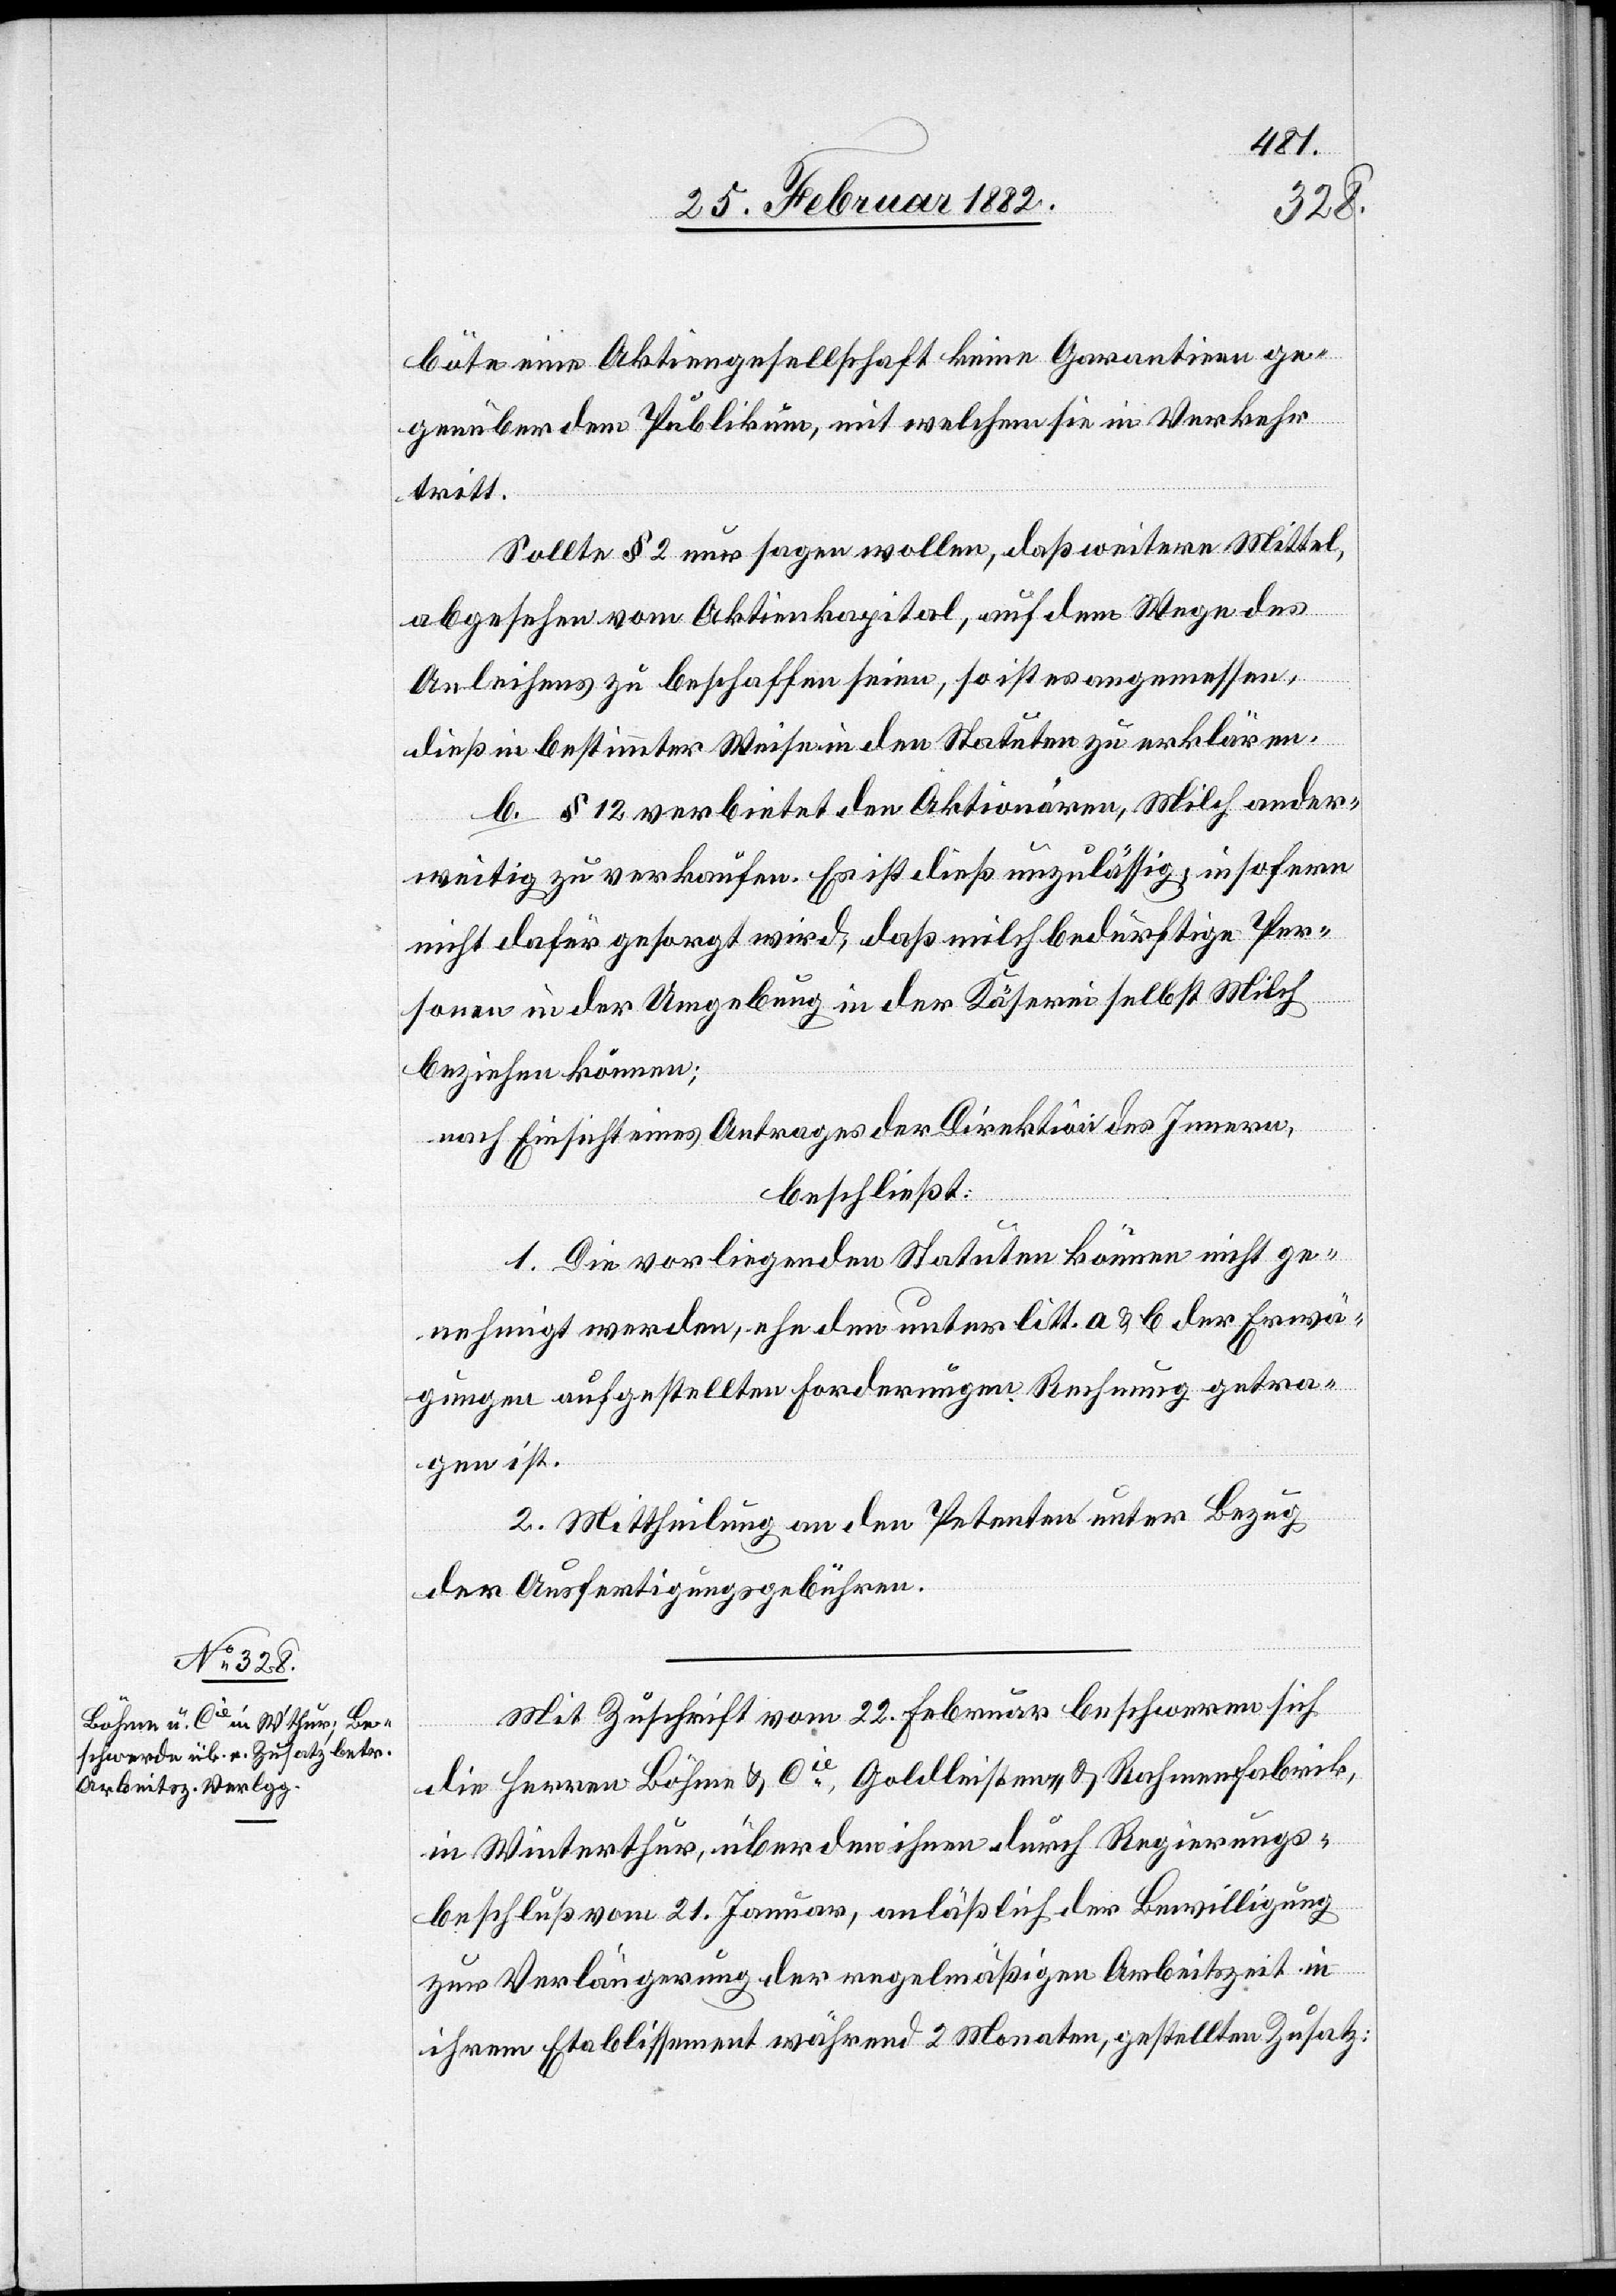
böte eine Aktiengesellschaft keine Garantien ge¬
genüber dem Publikum, mit welchen sie im Verkehr
tritt.
Sollte § 2 nur sagen wollen, daß weitere Mittel
abgesehen vom Aktienkapital, auf dem Wege des
Anleihens zu beschaffen seien, so ist es angemessen,
daß in bestimmter Wiese in den Statuten zu erklären.
b. § 12 verbietet den Aktionären, Milch ander¬
weitig zu verkaufen. Es ist dieß unzulässig, insofern
nicht dafür gesorgt wird, daß milchbedürftige Per¬
sonen in der Umgebung in der Käserei selbst Milch
beziehen können;
nach Einsicht eines Antrages der Direktion des Innern,
beschließt:
1. Die vorliegenden Statuten können nicht ge¬
nehmigt werden, ehe dem unter litt. a & b der Erwä¬
gungen aufgestellten Forderungen Rechnung getra¬
gen ist.
2. Mittheilung an den Petenten unter Bezug
der Ausfertigungsgebühren.
Mit Zuschrift vom 22. Februar beschweren sich
die Herren Böhme & Cie, Goldleisten- & Rahmenfabrik,
in Winterthur, über den ihren durch Regierungs¬
beschluß vom 21. Januar, anläßlich der Bewilligung
zur Verlängerung der regelmäßigen Arbeitszeit in
ihrem Etablissement während 2 Monaten, gestellten Zusatz: